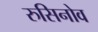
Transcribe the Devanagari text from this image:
रुसिनोव